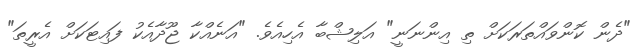
"ދެން ކޮންވައްތަރަކަށް ތި އިންނަނީ" އަލިޝްބާ އެހިއެވެ. "އަނެއްކާ ޖޫދާއެކު ފައިޓަކަށް އެރީތަ"